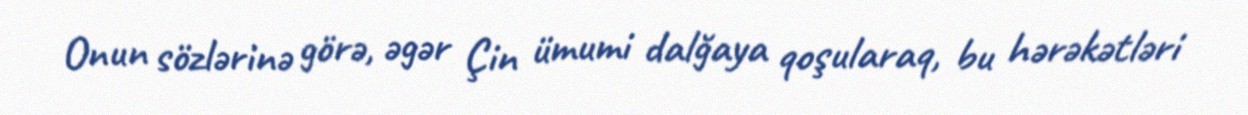
Onun sözlərinə görə, əgər Çin ümumi dalğaya qoşularaq, bu hərəkətləri